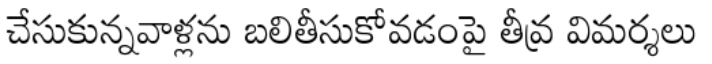
చేసుకున్నవాళ్లను బలితీసుకోవడంపై తీవ్ర విమర్శలు